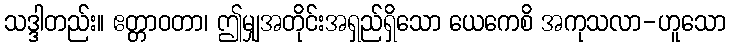
သဒ္ဒါတည်း။ ဧတ္တာဝတာ၊ ဤမျှအတိုင်းအရှည်ရှိသော ယေကေစိ အကုသလာ-ဟူသော